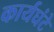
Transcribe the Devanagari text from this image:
कार्यघंटे